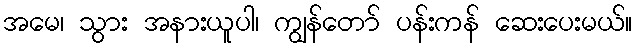
အမေ၊ သွား အနားယူပါ၊ ကျွန်တော် ပန်းကန် ဆေးပေးမယ်။